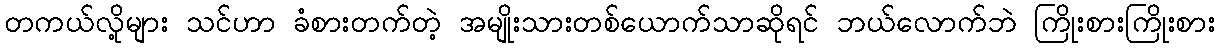
တကယ်လို့များ သင်ဟာ ခံစားတက်တဲ့ အမျိုးသားတစ်ယောက်သာဆိုရင် ဘယ်လောက်ဘဲ ကြိုးစားကြိုးစား